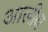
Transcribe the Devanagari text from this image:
आलीय